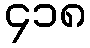
၄၁၈